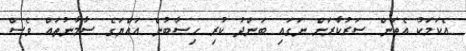
އެކަމަކު އެތަން ސަރުކާރަށް ނަގައި ބަންދު ކުރި ހިސާބުން އައްޔަގެ ސާމާނުތައް ވެސް